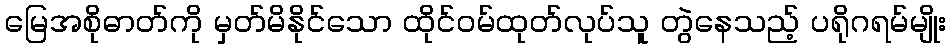
မြေအစိုဓာတ်ကို မှတ်မိနိုင်သော ထိုင်ဝမ်ထုတ်လုပ်သူ တွဲနေသည့် ပရိုဂရမ်မျိုး